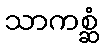
သာကစ္ဆံ